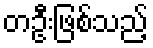
တဦးဖြစ်သည့်